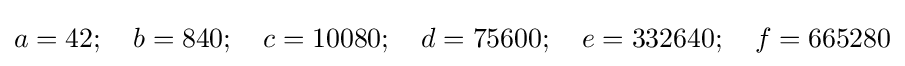
a=42;\quad b=840;\quad c=10080;\quad d=75600;\quad e=332640;\quad f=665280